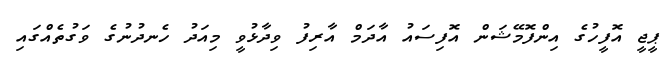
ޕީޖީ އޮފީހުގެ އިންފޮމޭޝަން އޮފިސައު އާދަމް އާރިފު ވިދާޅުވީ މިއަދު ހެނދުނުގެ ވަގުތެއްގައި